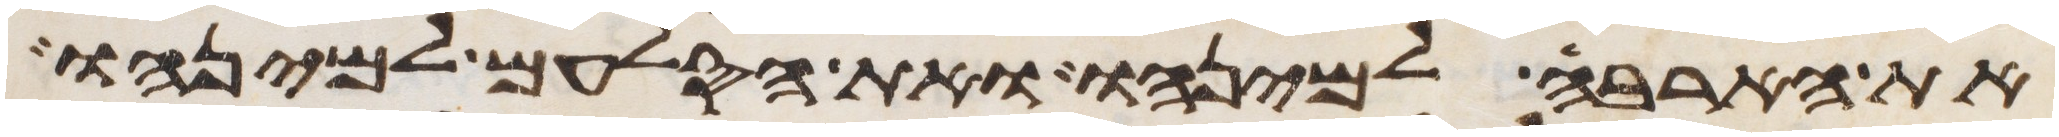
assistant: את הארבה למינהו ואת הסלעם למינהו